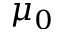
\mu _ { 0 }